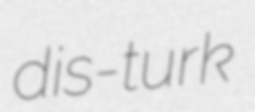
dis-turk